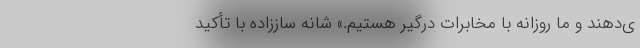
ی‌دهند و ما روزانه با مخابرات درگیر هستیم.» شانه ساززاده با تأکید